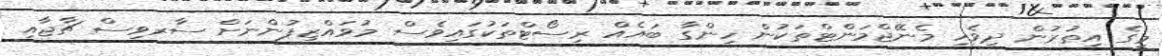
މީގެ އިތުުރުން ދިވެހި މެނޭޖްމަންޓްތަކުން ހިންގާ ބައެއް ރިސޯޓްތަކުގައިވެސް މުވައްޒިފުންނަށް ސާރވިސް ޗާޖާއި